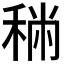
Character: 𥞻